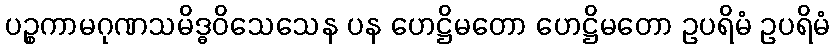
ပဉ္စကာမဂုဏသမိဒ္ဓဝိသေသေန ပန ဟေဋ္ဌိမတော ဟေဋ္ဌိမတော ဥပရိမံ ဥပရိမံ